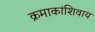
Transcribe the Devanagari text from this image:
क्रमाकांशिवाय